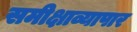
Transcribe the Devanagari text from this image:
समीक्षाव्यापार